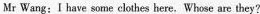
Mr Wang: I have some clothes here. Whose are they?